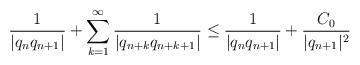
LaTeX: \begin{align*} \frac{1}{|q_n q_{n + 1} |} + \sum_{k = 1}^\infty \frac{1}{| q_{n + k} q_{n + k + 1} |} \leq \frac{1}{|q_n q_{n + 1} |} + \frac{C_0}{|q_{n + 1} |^2} \end{align*}